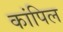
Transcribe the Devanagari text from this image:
कांपिल